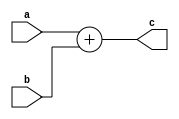
`define DWIDTH 8
`define DESIGN_SIZE 32
`define LOG2_DESIGN_SIZE 5
`define MAT_MUL_SIZE 32
`define MASK_WIDTH 32
`define LOG2_MAT_MUL_SIZE 5
`define AWIDTH 10
`define NUM_CYCLES_IN_MAC 3
`define MEM_ACCESS_LATENCY 1
`define REG_DATAWIDTH 32
`define REG_ADDRWIDTH 8
`define ADDR_STRIDE_WIDTH 16
`define MAX_BITS_POOL 3
`define REG_ENABLES_ADDR 32'h0
`define REG_STDN_TPU_ADDR 32'h4
`define REG_MEAN_ADDR 32'h8
`define REG_INV_VAR_ADDR 32'hA
`define REG_MATRIX_A_ADDR 32'he
`define REG_MATRIX_B_ADDR 32'h12
`define REG_MATRIX_C_ADDR 32'h16
`define REG_ACCUM_ACTIONS_ADDR 32'h24
`define REG_MATRIX_A_STRIDE_ADDR 32'h28
`define REG_MATRIX_B_STRIDE_ADDR 32'h32
`define REG_MATRIX_C_STRIDE_ADDR 32'h36
`define REG_ACTIVATION_CSR_ADDR 32'h3A
`define REG_POOL_WINDOW_ADDR 32'h3E
`define REG_CONV_PARAMS_1_ADDR 32'h40
`define REG_CONV_PARAMS_2_ADDR 32'h44
`define REG_CONV_PARAMS_3_ADDR 32'h48
`define REG_CONV_PARAMS_4_ADDR 32'h4C
`define REG_BATCH_SIZE_ADDR 32'h50
`define REG_VALID_MASK_A_ROWS_ADDR 32'h20
`define REG_VALID_MASK_A_COLS_ADDR 32'h54
`define REG_VALID_MASK_B_ROWS_ADDR 32'h5c
`define REG_VALID_MASK_B_COLS_ADDR 32'h58
//This used to be a normal signal, but changing it to a `define.
`define final_mat_mul_size 32
`define SIMULATION
`define IDLE     2'b00
`define W_ENABLE  2'b01
`define R_ENABLE  2'b10
`define STATE_INIT         4'b0000
`define STATE_MATMUL       4'b0001
`define STATE_NORM         4'b0010
`define STATE_POOL         4'b0011
`define STATE_ACTIVATION   4'b0100
`define STATE_DONE         4'b0101

module qadd(a,b,c);
input [2*`DWIDTH-1:0] a;
input [2*`DWIDTH-1:0] b;
output [2*`DWIDTH-1:0] c;

assign c = a + b;
//DW01_add #(`DWIDTH) u_add(.A(a), .B(b), .CI(1'b0), .SUM(c), .CO());
endmodule